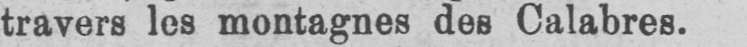
travers les montagnes des Calabres.